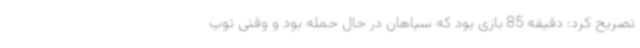
تصریح کرد: دقیقه 85 بازی بود که سپاهان در حال حمله بود و وقتی توپ